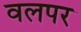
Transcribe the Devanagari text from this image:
वलपर